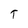
Character: T